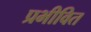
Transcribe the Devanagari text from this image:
प्रभीवित